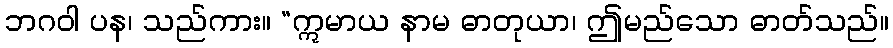
ဘဂဝါ ပန၊ သည်ကား။ “ဣမာယ နာမ ဓာတုယာ၊ ဤမည်သော ဓာတ်သည်။